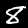
Digit: 8